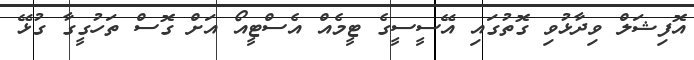
އޮފިޝަލް ވިދާޅުވި ގޮތުގައި އޭސީސީގެ ޓީމެއް އެސްޓީއޯ އަށް ގޮސް ތަހުގީގާ ގުޅޭ